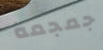
جمجمة